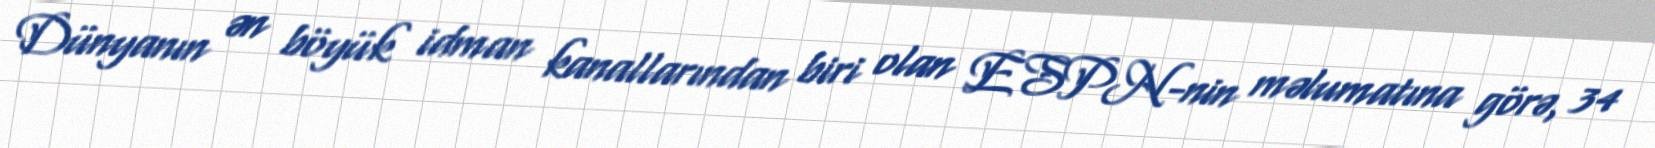
Dünyanın ən böyük idman kanallarından biri olan ESPN-nin məlumatına görə, 34